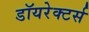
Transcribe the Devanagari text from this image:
डॉयरेक्टर्स